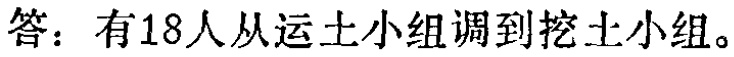
答：有18人从运土小组调到挖土小组。